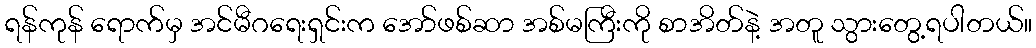
ရန်ကုန် ရောက်မှ အင်မီဂရေးရှင်းက အော်ဖစ်ဆာ အစ်မကြီးကို စာအိတ်နဲ့ အတူ သွားတွေ့ရပါတယ်။